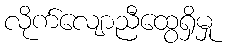
လိုက်လျောညီထွေရှိမှု